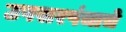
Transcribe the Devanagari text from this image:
उपसरपंचाचे